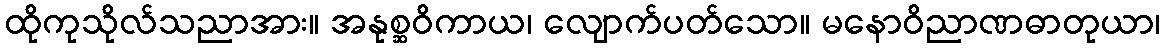
ထိုကုသိုလ်သညာအား။ အနုစ္ဆဝိကာယ၊ လျောက်ပတ်သော။ မနောဝိညာဏဓာတုယာ၊